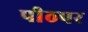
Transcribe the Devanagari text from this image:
पीठपर